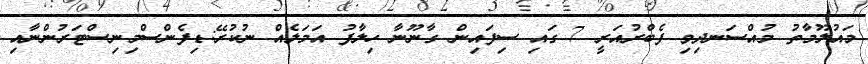
މައުލޫމާތު މުއްސަނދިވި ފެބްރުއަރީ 7 ގައި ސިފައިން ގާނޫނާ ހިލާފު އަމަލެއް ނުކުރޭ:ޑިފެންސްމިނިސްޓަރުންނާއި